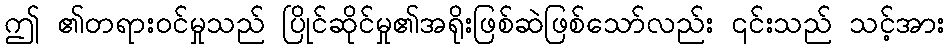
ဤ ၏တရားဝင်မှုသည် ပြိုင်ဆိုင်မှု၏အရိုးဖြစ်ဆဲဖြစ်သော်လည်း ၎င်းသည် သင့်အား